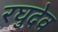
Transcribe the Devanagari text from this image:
रघुदेव